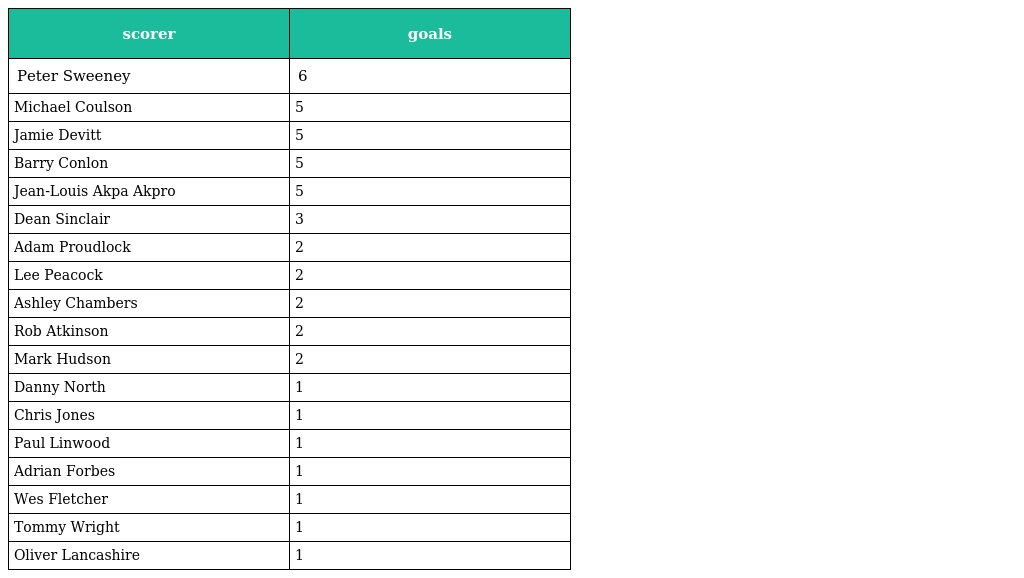
| scorer | goals |
 | --- | --- |
 | Peter Sweeney | 6 |
 | Michael Coulson | 5 |
 | Jamie Devitt | 5 |
 | Barry Conlon | 5 |
 | Jean-Louis Akpa Akpro | 5 |
 | Dean Sinclair | 3 |
 | Adam Proudlock | 2 |
 | Lee Peacock | 2 |
 | Ashley Chambers | 2 |
 | Rob Atkinson | 2 |
 | Mark Hudson | 2 |
 | Danny North | 1 |
 | Chris Jones | 1 |
 | Paul Linwood | 1 |
 | Adrian Forbes | 1 |
 | Wes Fletcher | 1 |
 | Tommy Wright | 1 |
 | Oliver Lancashire | 1 |